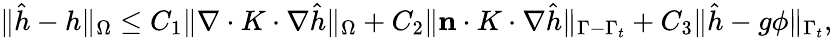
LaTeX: \begin{array}{r}{\| \hat{h}-h\| _{\Omega}\leq C_{1}\| \nabla\cdot K\cdot\nabla\hat{h}\| _{\Omega}+C_{2}\| \mathbf{n}\cdot K\cdot\nabla\hat{h}\| _{\Gamma-\Gamma_{t}}+C_{3}\| \hat{h}-g\phi\| _{\Gamma_{t}},}\end{array}